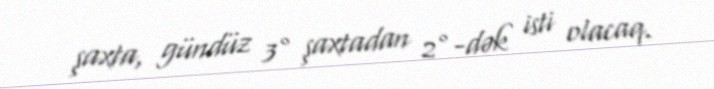
şaxta, gündüz 3° şaxtadan 2°-dək isti olacaq.